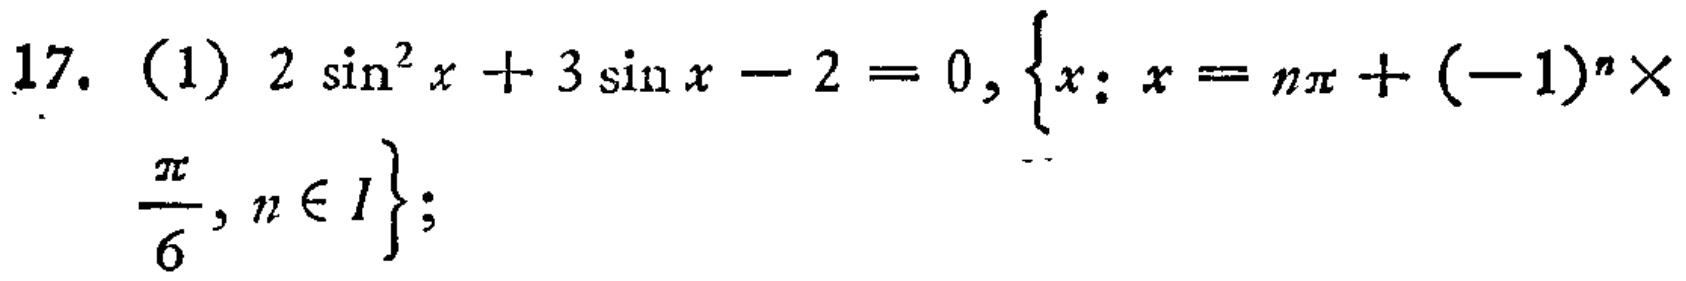
17. (1) \(2\sin^{2}x + 3\sin x - 2 = 0,\left\{x:x = n\pi+(-1)^{n}\times\frac{\pi}{6},n\in I\right\}\);